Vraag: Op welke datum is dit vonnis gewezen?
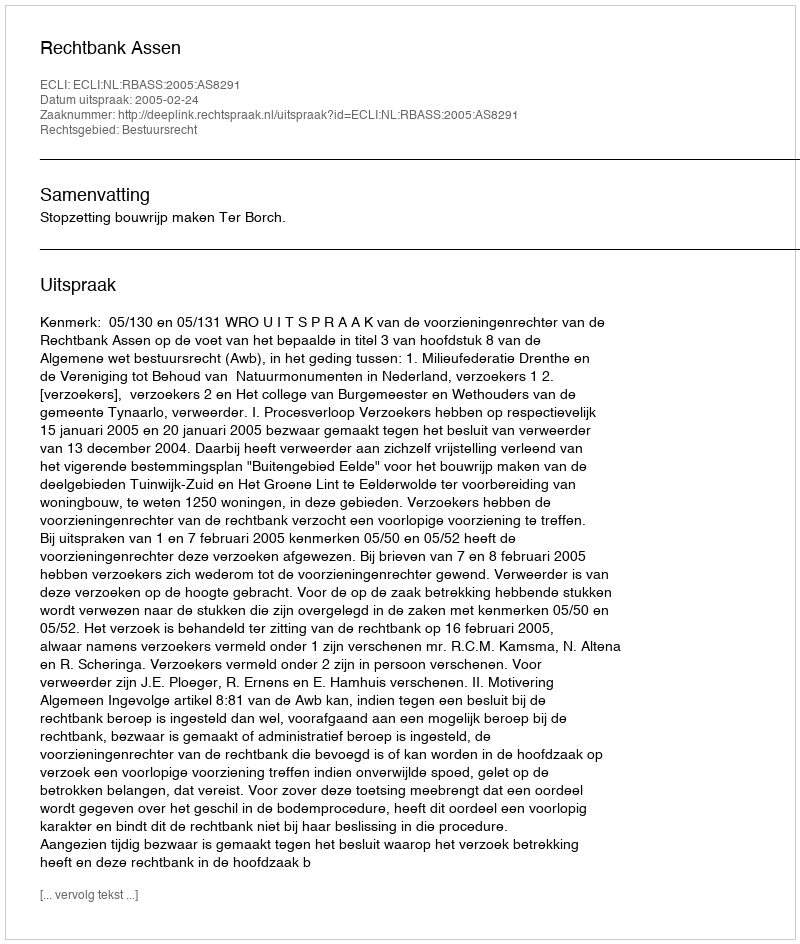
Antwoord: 2005-02-24